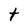
Character: t